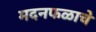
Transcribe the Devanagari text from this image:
मदनफळाचे